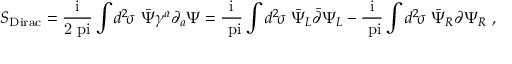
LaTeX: S _ { \mathrm { D i r a c } } = \mathrm { \frac { i } { 2 \ p i } } \int d ^ { 2 } \! \sigma \, \, { \bar { \Psi } } \gamma ^ { a } \partial _ { a } \Psi = \mathrm { \frac { i } { \ p i } } \int d ^ { 2 } \! \sigma \, \, { \bar { \Psi } } _ { L } { \bar { \partial } } \Psi _ { L } - \mathrm { \frac { i } { \ p i } } \int d ^ { 2 } \! \sigma \, \, { \bar { \Psi } } _ { R } { \partial } \Psi _ { R } \ ,